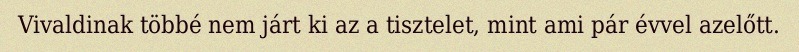
Vivaldinak többé nem járt ki az a tisztelet, mint ami pár évvel azelőtt.